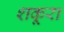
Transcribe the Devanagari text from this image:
शकूरा